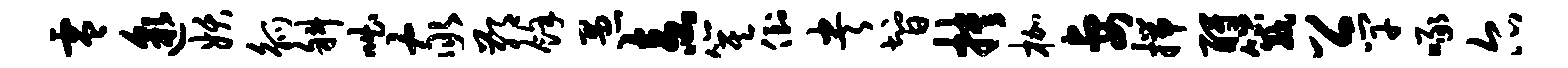
零邈妖觚斜咄家鄙余愚盍箕倒央智抉枷妻揣酹箴公竿啄尔